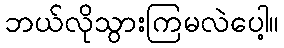
ဘယ်လိုသွားကြမလဲပေါ့။